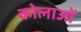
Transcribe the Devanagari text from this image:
कोलाओं